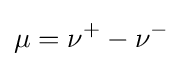
\mu =\nu ^{+}-\nu ^{-}